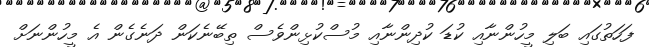
ފަހަތުގައި ބަލި މީހުންނާއި ކުޑަ ކުދިންނާއި މުސްކުޅިންވެސް ތިބޭނެކަން ދަނެގެން އެ މީހުންނަށް